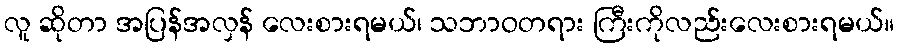
လူ ဆိုတာ အပြန်အလှန် လေးစားရမယ်၊ သဘာဝတရား ကြီးကိုလည်းလေးစားရမယ်။